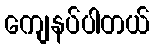
ကျေနပ်ပါတယ်